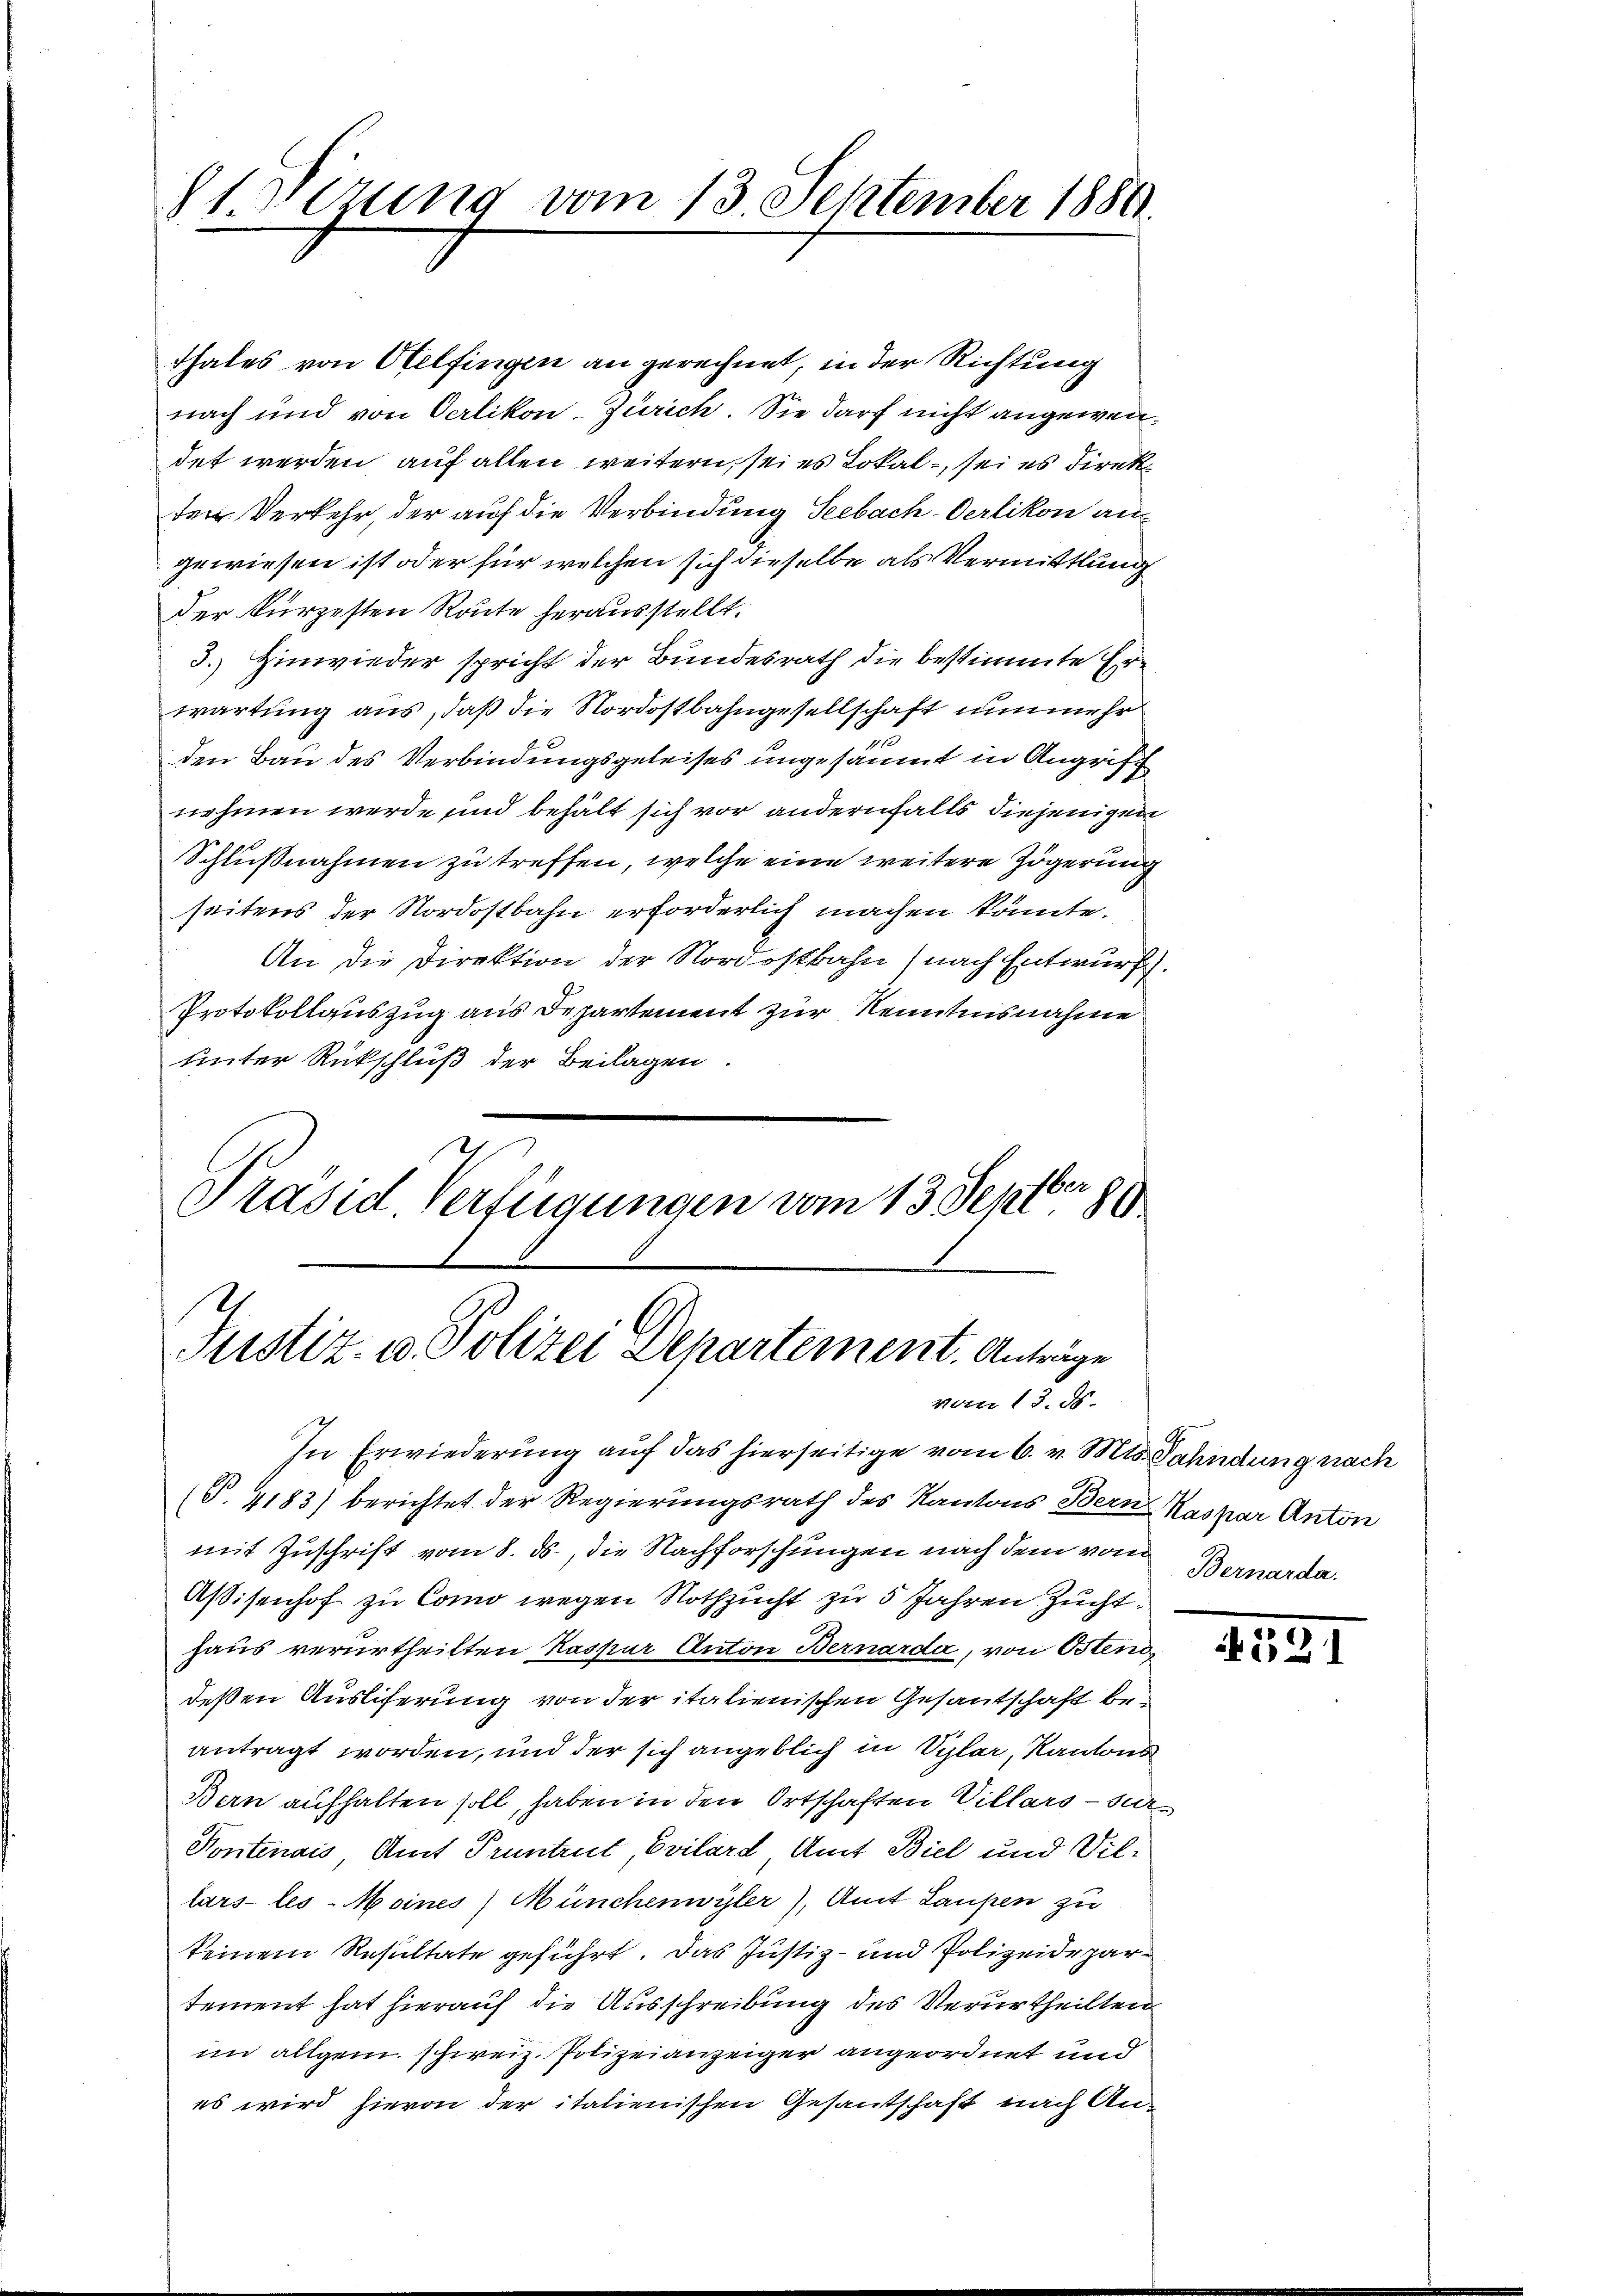
§1. Verung vom 13. September 1886.
2

Thales von Otelfingen an gerechnet, in der Richtung
nach und von Oerlikon-Zürich. Sie darf nicht angewendet werden auf allen weitern, sei es Lokal, sei es Direkten Verkehr, der auf die Verbindung Seebach-Oerlikon angewiesen ist oder für welchen sich dieselbe als Vermittlung
der kürzesten Route herausstellt.
3.) Hinwieder spricht der Bundesrath die bestimmte Erwartung aus, daß die Nordostbahngesellschaft nunmehr
110
den Bau des Verbindungsgeleises ungesäumt in Angriff
nehmen werde sind behält sich vor andernfalls diejenigen
Schlußnahmen zu treffen, welche eine weitere Zögerung
seitens der Nordostbahn erforderlich machen könnte.
An die Direktion der Nordostbahn nach Entwurf.
Protokollauszug aus Departement zur Kenntnisnahme
unter Rückschluß der Beilagen.
Präsid Verfügungen vom 13. Septber 80

Justiz- u. Polizei Departement. Anträge
vom 13. d.

In Erwiederung auf das hierseitige vom 6. v. Mts. Fahndung nach
(T. 4183) berichtet der Regierungsrath des Kantons Bern Kaspar Anton
mit Zuschrift vom 8. ds., die Nachforschungen nach dem vom
Aßisenhof zu Como wegen Nothzucht zu 5 Jahren Zucht.
haus verurtheilten Kaspar Anton Bernarda, von Osten,
deßen Ausliferung von der italienischen Gesantschaft be-
antragt worden, und der sich angeblich in Vylar, Kantons
Bern aufhalten soll, haben in den Ortschaften Villars - ver¬
Kontenais, Amt Pruntrut, Evilard, Amt Biel und Villars-les-Moines Münchenwyler), Amt Laupen zu
keinem Resultate geführt. Das Justiz- und Polizeideparsement hat hierauf die Ausschreibung des Verurtheilten
im allgem. schweiz. Polizeianzeiger angeordnet und
es wird hievon der italienischen Gesantschaft nach An¬

Bernarda.

.